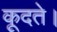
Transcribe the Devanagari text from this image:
कूदते।